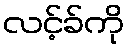
လင့်ခ်ကို